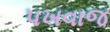
પખવાજ